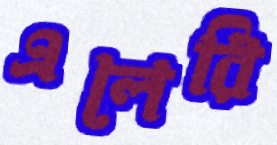
এলেরি